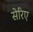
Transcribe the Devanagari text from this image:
सेरिए